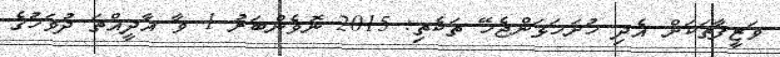
ވަޒީފާތަކަށް އެދި ހުށަހަޅަންޖެހޭ ތަކެތި: 2015 ނޮވެންބަރު 1 ވާ އާދީއްތަ ދުވަހުގެ